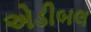
એડીબલ